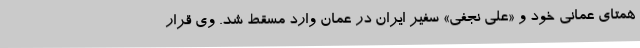
همتای عمانی خود و «علی نجفی» سفیر ایران در عمان وارد مسقط شد. وی قرار